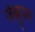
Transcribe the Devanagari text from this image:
जंबूपार